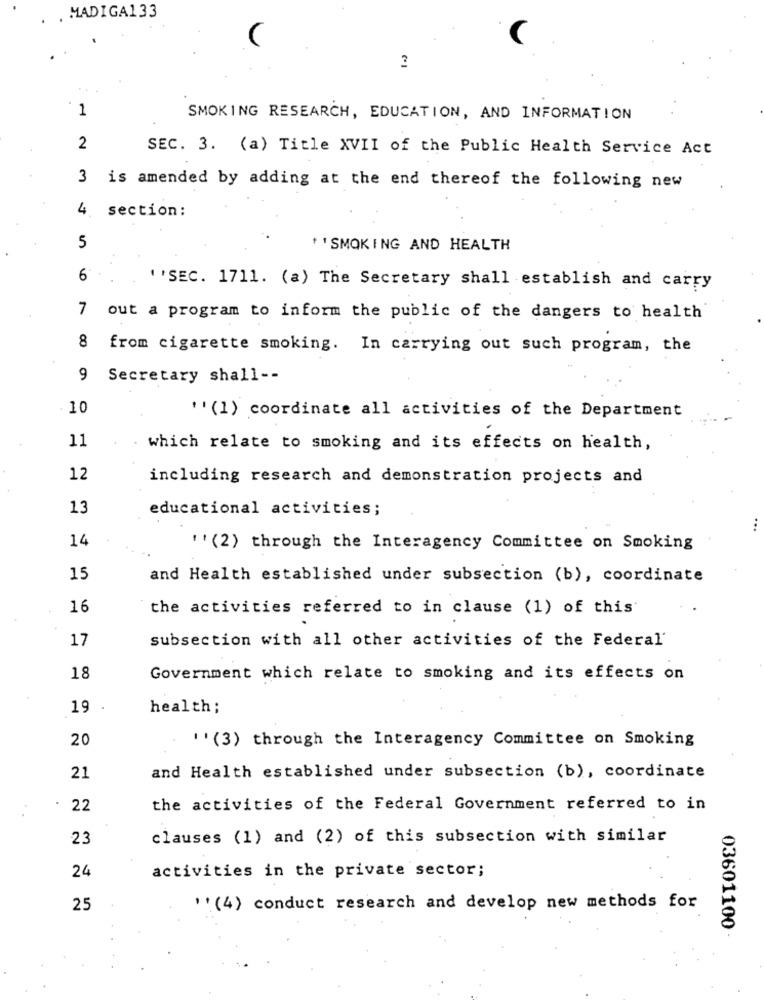
. . MADIGA133
1
SMOKING RESEARCH, EDUCATION, AND INFORMATION
2
SEC. 3. (a) Title XVII of the Public Health Service Act
3 is amended by adding at the end thereof the following new
4. section:
5
' ' SMOKING AND HEALTH
6
"'SEC. 1711. (a) The Secretary shall establish and carry
7 out a program to inform the public of the dangers to health
8 from cigarette smoking. In carrying out such program, the
9 Secretary shall --
10
'' (1) coordinate all activities of the Department
11
which relate to smoking and its effects on health,
12
including research and demonstration projects and
13
educational activities;
14
' ' (2) through the Interagency Committee on Smoking
15
and Health established under subsection (b), coordinate
16
the activities referred to in clause (1) of this
17
subsection with all other activities of the Federal'
18
Government which relate to smoking and its effects on
19
health;
20
''(3) through the Interagency Committee on Smoking
21
and Health established under subsection (b), coordinate
22
the activities of the Federal Government referred to in
23
clauses (1) and (2) of this subsection with similar
24
activities in the private sector;
25
'' (4) conduct research and develop new methods for
03601100